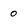
Character: o